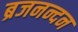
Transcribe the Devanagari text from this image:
ब्रजनन्दन